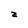
Character: z